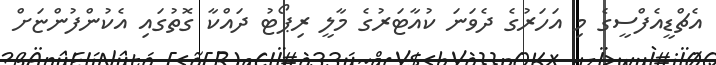
އެޗްޑީއެފްސީގެ މި އަހަރުގެ ދެވަނަ ކުއާޓަރުގެ މާލީ ރިޕޯޓު ދައްކާ ގޮތުގައި އެކުންފުންޏަށް